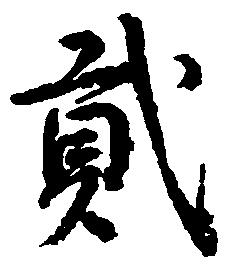
弐